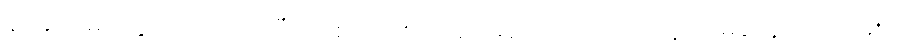
န.အ.ဖ မဲတွေ ကြိုတင်ယူပြီး ညစ်တာကို ထည့်မပြောရင်တော့ လူလို မတွေးတတ်သူပဲ၊